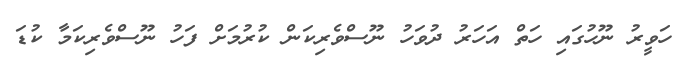
ހަވީރު ނޫހުގައި ހަތް އަހަރު ދުވަހު ނޫސްވެރިކަން ކުރުމަށް ފަހު ނޫސްވެރިކަމާ ކުޑަ